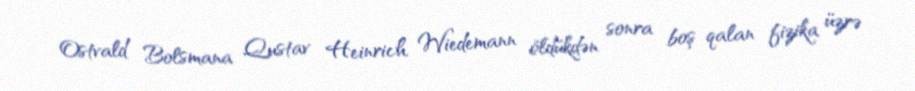
Ostvald Bolsmana Qustav Heinrich Wiedemann öldükdən sonra boş qalan fizika üzrə